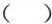
( )